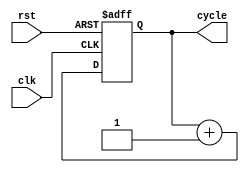
module CycleRegister(clk,rst,cycle);
input clk,rst;
output reg [63:0] cycle;
wire [63:0] cycle_next;
assign cycle_next = cycle + 64'd1;
always @(posedge clk or posedge rst) begin
if (rst) begin
   cycle <= 64'd0;
end
else begin
   cycle <= cycle_next;
end
end
endmodule